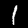
Label: 1